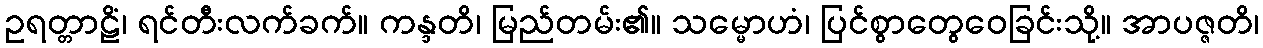
ဥရတ္တာဠိံ၊ ရင်တီးလက်ခက်။ ကန္ဒတိ၊ မြည်တမ်း၏။ သမ္မောဟံ၊ ပြင်စွာတွေဝေခြင်းသို့။ အာပဇ္ဇတိ၊